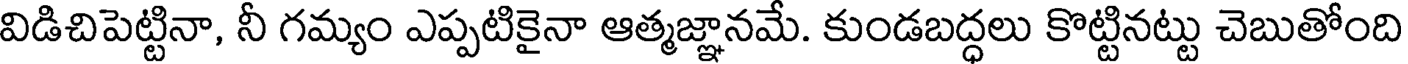
విడిచిపెట్టినా, నీ గమ్యం ఎప్పటికైనా ఆత్మజ్ఞానమే. కుండబద్ధలు కొట్టినట్టు చెబుతోంది